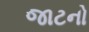
જાટનો